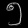
Digit: ၅